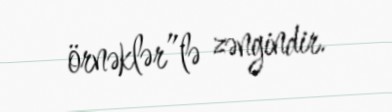
örnəklər”lə zəngindir.